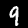
Digit: 9